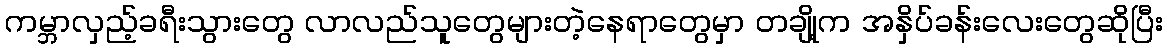
ကမ္ဘာလှည့်ခရီးသွားတွေ လာလည်သူတွေများတဲ့နေရာတွေမှာ တချို့က အနှိပ်ခန်းလေးတွေဆိုပြီး